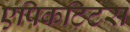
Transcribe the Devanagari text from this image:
एपिकटिटस